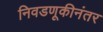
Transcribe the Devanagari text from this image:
निवडणूकीनंतर